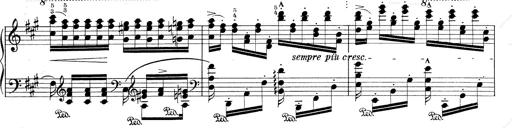
Title: RÃ©miniscences de Don Juan
Composer: Franz Liszt